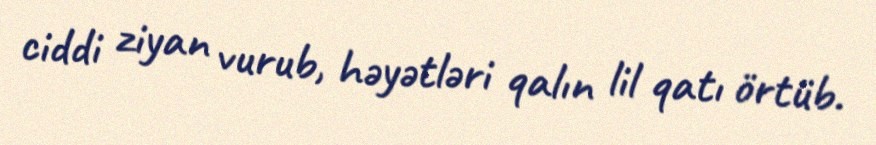
ciddi ziyan vurub, həyətləri qalın lil qatı örtüb.